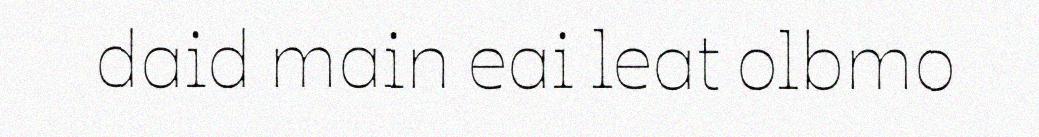
daid main eai leat olbmo